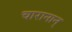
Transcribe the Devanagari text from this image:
चारानान्